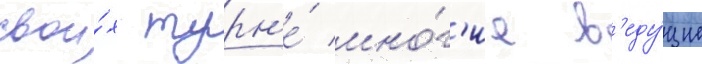
свои́х турн'е́ мно́г'ие в'еду́щие